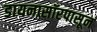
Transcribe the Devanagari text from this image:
डायनासॉरपासून